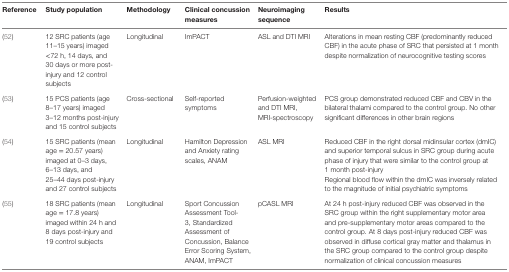
<table><thead><tr><td><b>Reference</b></td><td><b>Study population</b></td><td><b>Methodology</b></td><td><b>Clinical concussion measures</b></td><td><b>Neuroimaging sequence</b></td><td><b>Results</b></td></tr></thead><tbody><tr><td>(52)</td><td>12 SRC patients (age 11–15 years) imaged &lt;72 h, 14 days, and 30 days or more post-injury and 12 control subjects</td><td>Longitudinal</td><td>ImPACT</td><td>ASL and DTI MRI</td><td>Alterations in mean resting CBF (predominantly reduced CBF) in the acute phase of SRC that persisted at 1 month despite normalization of neurocognitive testing scores</td></tr><tr><td>(53)</td><td>15 PCS patients (age 8–17 years) imaged 3–12 months post-injury and 15 control subjects</td><td>Cross-sectional</td><td>Self-reported symptoms</td><td>Perfusion-weighted and DTI MRI, MRI-spectroscopy</td><td>PCS group demonstrated reduced CBF and CBV in the bilateral thalami compared to the control group. No other significant differences in other brain regions</td></tr><tr><td rowspan="2">(54)</td><td rowspan="2">15 SRC patients (mean age = 20.57 years) imaged at 0–3 days, 6–13 days, and 25–44 days post-injury and 27 control subjects</td><td rowspan="2">Longitudinal</td><td rowspan="2">Hamilton Depression and Anxiety rating scales, ANAM</td><td rowspan="2">ASL MRI</td><td>Reduced CBF in the right dorsal midinsular cortex (dmIC) and superior temporal sulcus in SRC group during acute phase of injury that were similar to the control group at 1 month post-injury</td></tr><tr><td>Regional blood flow within the dmIC was inversely related to the magnitude of initial psychiatric symptoms</td></tr><tr><td>(55)</td><td>18 SRC patients (mean age = 17.8 years) imaged within 24 h and 8 days post-injury and 19 control subjects</td><td>Longitudinal</td><td>Sport Concussion Assessment Tool-3, Standardized Assessment of Concussion, Balance Error Scoring System, ANAM, ImPACT</td><td>pCASL MRI</td><td>At 24 h post-injury reduced CBF was observed in the SRC group within the right supplementary motor area and pre-supplementary motor areas compared to the control group. At 8 days post-injury reduced CBF was observed in diffuse cortical gray matter and thalamus in the SRC group compared to the control group despite normalization of clinical concussion measures</td></tr></tbody></table>